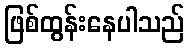
ဖြစ်ထွန်းနေပါသည်